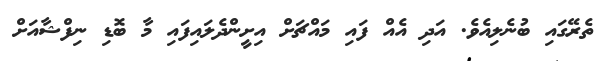
ތެރޭގައި ބުނެލިއެވެ. އަދި އެއް ފައި މައްޗަށް އިށީންދެލައިފައި މާ ބޮޑި ނިފްޝާއަށް